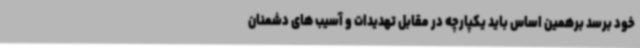
خود برسد برهمین اساس باید یکپارچه در مقابل تهدیدات و آسیب های دشمنان